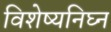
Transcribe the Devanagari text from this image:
विशेष्यनिघ्न